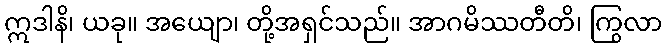
ဣဒါနိ၊ ယခု။ အယျော၊ တို့အရှင်သည်။ အာဂမိဿတီတိ၊ ကြွလာ